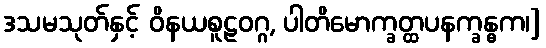
ဒသမသုတ်နှင့် ဝိနယစူဠဝဂ္ဂ, ပါတိမောက္ခတ္ထပနက္ခန္ဓက၊]